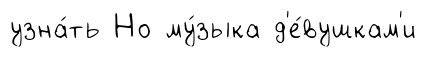
узна́ть Но му́зыка д'е́вушкам'и